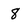
Character: 8